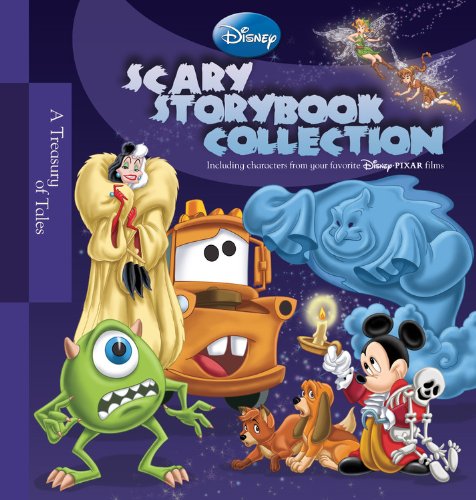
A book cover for Disney Scary Storybook Collection; Various; Children's Books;